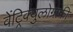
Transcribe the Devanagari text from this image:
वेंट्रिक्युलोग्राफी